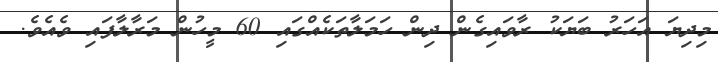
މިދިޔަ އަހަރު ބަޔަކު ރާވައިގެން ދިން ހަމަލާތަކެއްގައި 60 މީހުން މަރާލާފައި ވެއެވެ.